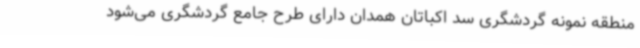
منطقه نمونه گردشگری سد اکباتان همدان دارای طرح جامع گردشگری می‌شود